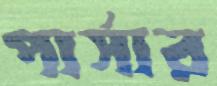
পার্সার